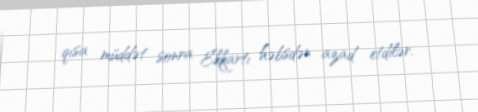
qısa müddət sonra Ekkartı həbsdən azad etdilər.